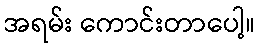
အရမ်း ကောင်းတာပေါ့။